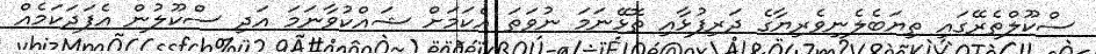
ސްކޫލްތެރޭގައި ތިޔަބެލެނިވެރިޔާގެ ދަރިފުޅާއި ތޮޅޭނަމަ ނުވަތަ އެކަމަށް ޝައްކުވާނަމަ އަދި ސްކޫލުން އެފަދަކަމެއް